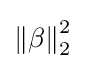
\left\|\beta \right\|_{2}^{2}